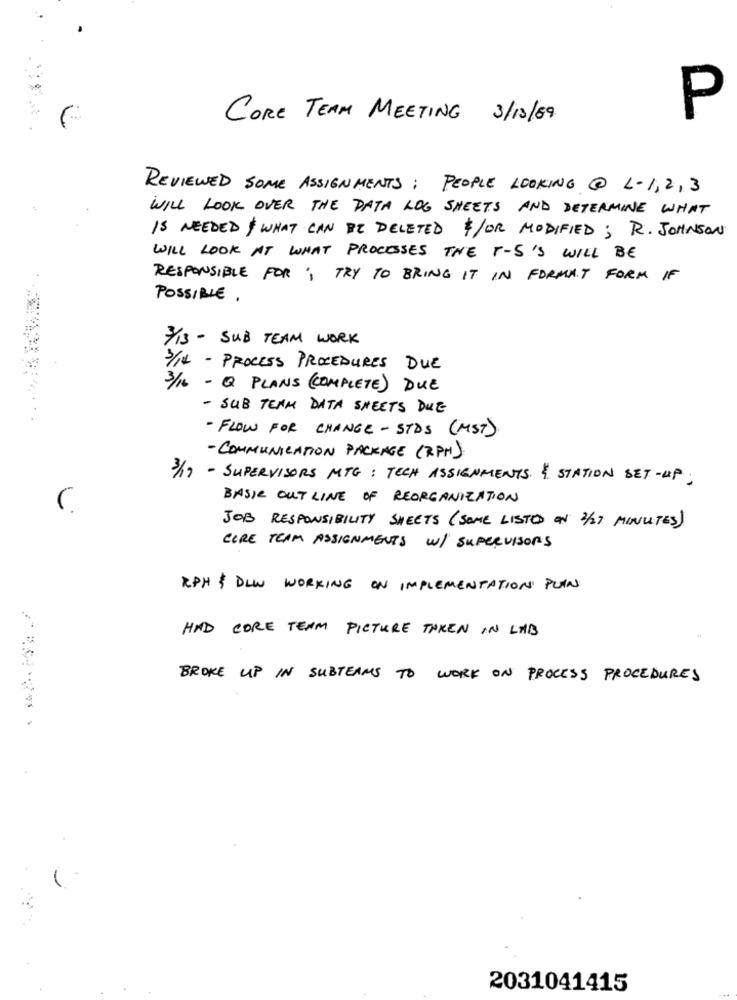
CORE TEAM MEETING 3/10/69.
P
REVIEWED SOME ASSIGNMENTS: PEOPLE LOOKING @ L-1,2,3
WILL LOOK OVER THE DATA LOG SHEETS AND DETERMINE WHAT
IS NEEDED WHAT CAN BE DELETED /OR MODIFIED; R. JOHNSON
WILL LOOK AT WHAT PROCESSES THE T-S'S WILL BE
RESPONSIBLE FOR TRY TO BRING IT IN FORMAT FORM IF
POSSIBLE .
7/13 - SUB TEAM WORK
3/14 - PROCESS PROCEDURES DUE
3/16 - Q PLANS (COMPLETE) DUE
- SUB TEAM DATA SHEETS DUE
- FLOW FOR CHANGE - STDS (MST)
- COMMUNICATION PACKAGE (RPM)
3/17 - SUPERVISORS MTG : TECH ASSIGNMENTS. { STATION SET-UP.
BASIC OUT LINE OF REORGANIZATION
JOB RESPONSIBILITY SHEETS ( SOME LISTED ON 2/27 MINUTES)
CORE TEAM ASSIGNMENTS W/ SUPERVISORS
RPH & DLW WORKING ON IMPLEMENTATION PUAN
HAD CORE TEAM PICTURE TAKEN IN LAB
BROKE UP IN SUBTEAMS TO WORK ON PROCESS PROCEDURES
2031041415